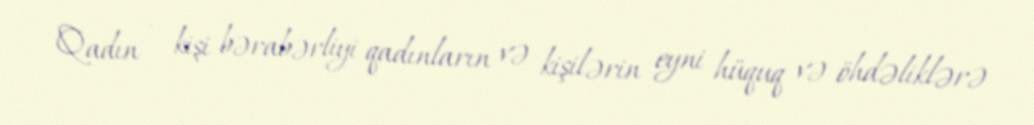
Qadın - kişi bərabərliyi qadınların və kişilərin eyni hüquq və öhdəliklərə